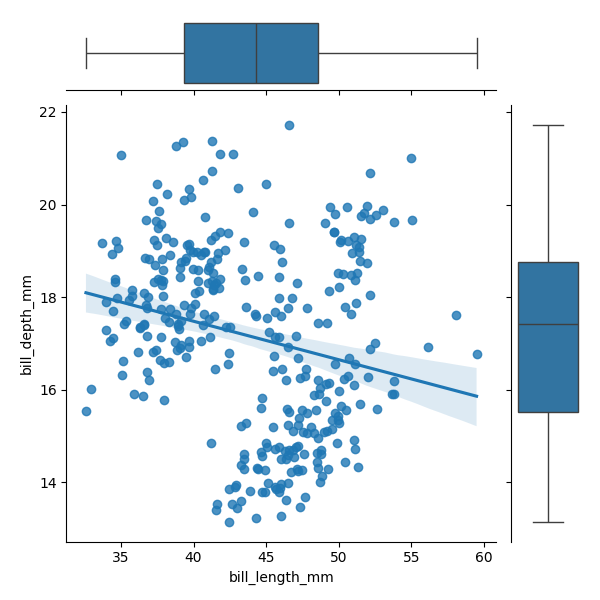
python, seaborn, JointGrid, regplot, boxplot